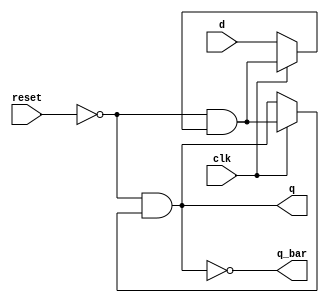
module dff(d, clk, reset, q, q_bar);

	input d;
	input clk;
	input reset;
	output q;
	output q_bar;

	wire tmp;
	
	assign tmp = ~reset & (clk ? tmp : d);
	
	assign q = ~reset & (clk ? tmp : q);
	
	assign q_bar = ~q;

endmodule